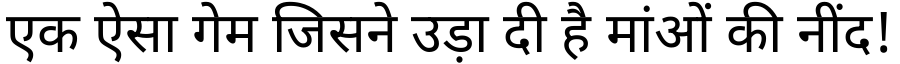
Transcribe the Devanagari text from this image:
एक ऐसा गेम जिसने उड़ा दी है मांओं की नींद!